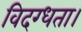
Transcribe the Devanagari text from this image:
विदग्धता।